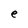
Character: e